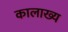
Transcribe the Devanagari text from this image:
कालाख्य